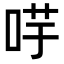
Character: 𭇻